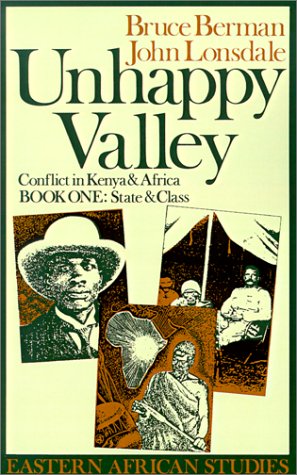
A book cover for Unhappy Valley : Conflict in Kenya and Africa: Book One: State and class (Eastern African Studies ); Bruce Berman; History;